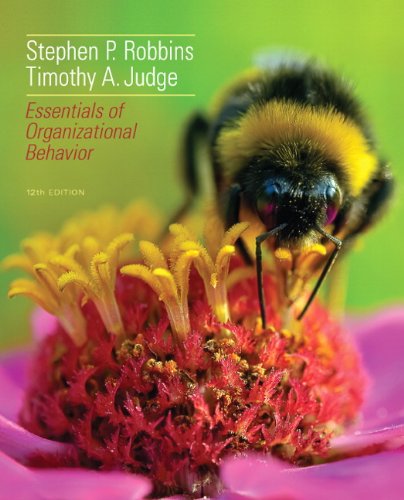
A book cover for Essentials of Organizational Behavior (12th Edition); Stephen P. Robbins; Business & Money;